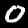
Label: 0